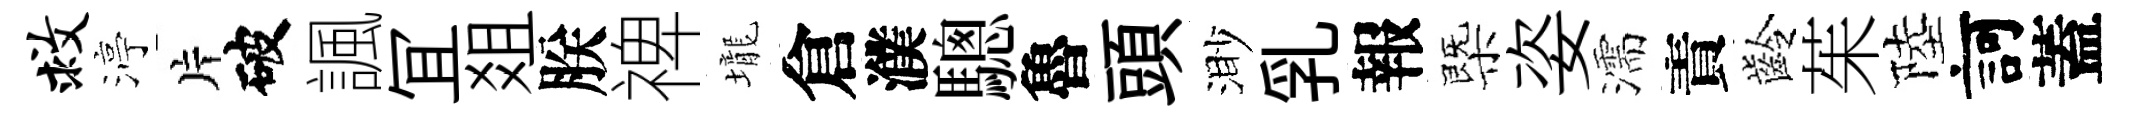
救渟片破諷冝爼朕禆壠倉濮驄魯頭渺乳報㮣姿濡責齡茱陸訶蓋